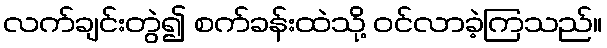
လက်ချင်းတွဲ၍ စက်ခန်းထဲသို့ ဝင်လာခဲ့ကြသည်။